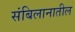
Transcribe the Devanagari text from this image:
संबिलानातील